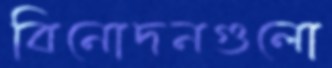
বিনোদনগুলো